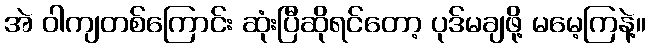
အဲ ဝါကျတစ်ကြောင်း ဆုံးပြီဆိုရင်တော့ ပုဒ်မချဖို့ မမေ့ကြနဲ့။